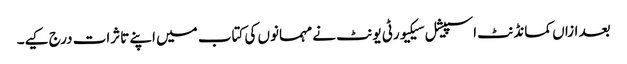
بعد ازاں کمانڈنٹ اسپیشل سیکیورٹی یونٹ نے مہمانوں کی کتاب میں اپنے تاثرات درج کیے۔